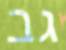
גב